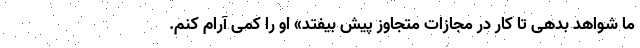
ما شواهد بدهی تا کار در مجازات متجاوز پیش بیفتد» او را کمی آرام کنم.